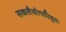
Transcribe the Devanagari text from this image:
सकलैर्यत्परिवृतः